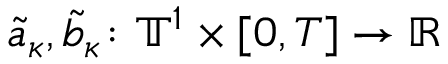
\tilde { a } _ { \kappa } , \tilde { b } _ { \kappa } \colon \ensuremath { \mathbb { T } } ^ { 1 } \times [ 0 , T ] \to \ensuremath { \mathbb { R } }